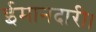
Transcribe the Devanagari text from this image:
ईमानदारी।